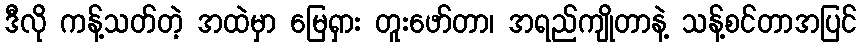
ဒီလို ကန့်သတ်တဲ့ အထဲမှာ မြေရှား တူးဖော်တာ၊ အရည်ကျိုတာနဲ့ သန့်စင်တာအပြင်